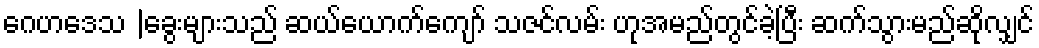
ဂေဟဒေသ |ခွေးများသည် ဆယ်ယောက်ကျော် သဇင်လမ်း ဟုအမည်တွင်ခဲ့ပြီး ဆက်သွားမည်ဆိုလျှင်